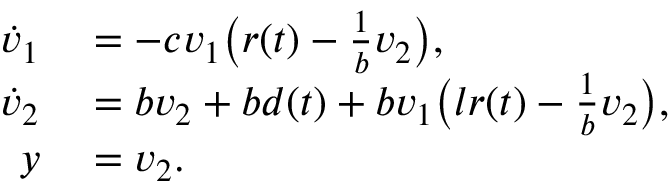
\begin{array} { r l } { \dot { v } _ { 1 } } & { { } = - c v _ { 1 } \big ( r ( t ) - \frac { 1 } { b } v _ { 2 } \big ) , } \\ { \dot { v } _ { 2 } } & { { } = b v _ { 2 } + b d ( t ) + b v _ { 1 } \big ( l r ( t ) - \frac { 1 } { b } v _ { 2 } \big ) , } \\ { y } & { { } = v _ { 2 } . } \end{array}